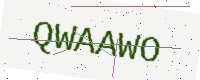
Text: QWAAWO